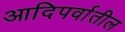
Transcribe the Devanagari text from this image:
आदिपर्वातील